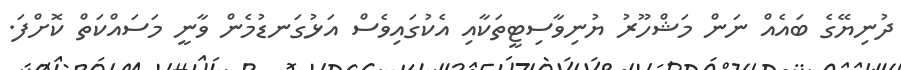
ދުނިޔޭގެ ބައެއް ނަން މަޝްހޫރު ޔުނިވާސިޓީތަކާއި އެކުގައިވެސް އަޅުގަނޑުމެން ވާނީ މަސައްކަތް ކޮށްފަ.